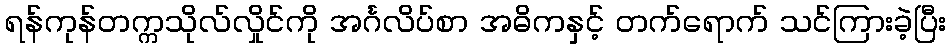
ရန်ကုန်တက္ကသိုလ်လှိုင်ကို အင်္ဂလိပ်စာ အဓိကနှင့် တက်ရောက် သင်ကြားခဲ့ပြီး